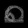
Digit: ၈